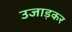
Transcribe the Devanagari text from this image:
उजाड़कर